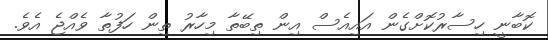
ކޮބާނީ ހިސާރުކޮށްގެން އައިއެސް އިން ތިބޭތާ މިހާރު ތިން ހަފުތާ ވެއްޖެ އެވެ.